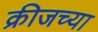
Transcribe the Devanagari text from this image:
क्रीजच्या